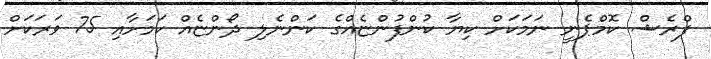
ފްރެޝް ކޮމްޕެނީ ނަމަކަށް ކިޔާ ކުންފުންޏެއްގެ ކަންނެލި ދޯންޏެއް ކަމަށާއި 75 ވަރަކަށް